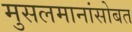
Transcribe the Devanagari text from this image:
मुसलमानांसोबत